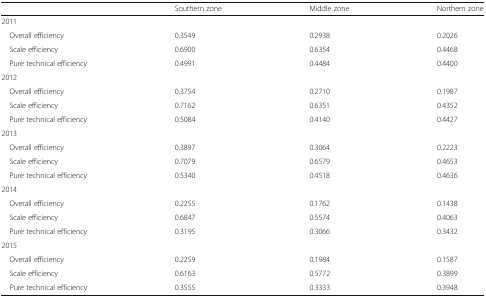
<table><thead><tr><td></td><td><b>Southern zone</b></td><td><b>Middle zone</b></td><td><b>Northern zone</b></td></tr></thead><tbody><tr><td colspan="4">2011</td></tr><tr><td> Overall efficiency</td><td>0.3549</td><td>0.2938</td><td>0.2026</td></tr><tr><td> Scale efficiency</td><td>0.6900</td><td>0.6354</td><td>0.4468</td></tr><tr><td> Pure technical efficiency</td><td>0.4991</td><td>0.4484</td><td>0.4400</td></tr><tr><td colspan="4">2012</td></tr><tr><td> Overall efficiency</td><td>0.3754</td><td>0.2710</td><td>0.1987</td></tr><tr><td> Scale efficiency</td><td>0.7162</td><td>0.6351</td><td>0.4352</td></tr><tr><td> Pure technical efficiency</td><td>0.5084</td><td>0.4140</td><td>0.4427</td></tr><tr><td colspan="4">2013</td></tr><tr><td> Overall efficiency</td><td>0.3897</td><td>0.3064</td><td>0.2223</td></tr><tr><td> Scale efficiency</td><td>0.7079</td><td>0.6579</td><td>0.4653</td></tr><tr><td> Pure technical efficiency</td><td>0.5340</td><td>0.4518</td><td>0.4636</td></tr><tr><td colspan="4">2014</td></tr><tr><td> Overall efficiency</td><td>0.2255</td><td>0.1762</td><td>0.1438</td></tr><tr><td> Scale efficiency</td><td>0.6847</td><td>0.5574</td><td>0.4063</td></tr><tr><td> Pure technical efficiency</td><td>0.3195</td><td>0.3066</td><td>0.3432</td></tr><tr><td colspan="4">2015</td></tr><tr><td> Overall efficiency</td><td>0.2259</td><td>0.1984</td><td>0.1587</td></tr><tr><td> Scale efficiency</td><td>0.6163</td><td>0.5772</td><td>0.3899</td></tr><tr><td> Pure technical efficiency</td><td>0.3555</td><td>0.3333</td><td>0.3948</td></tr></tbody></table>